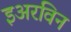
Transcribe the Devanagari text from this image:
इअरविन